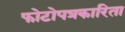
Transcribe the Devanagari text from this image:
फोटोपत्रकारिता